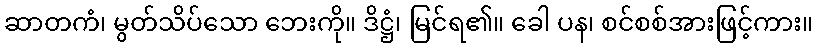
ဆာတကံ၊ မွတ်သိပ်သော ဘေးကို။ ဒိဋ္ဌံ၊ မြင်ရ၏။ ခေါ ပန၊ စင်စစ်အားဖြင့်ကား။